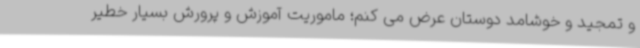
و تمجید و خوشامد دوستان عرض می کنم؛ ماموریت آموزش و پرورش بسیار خطیر